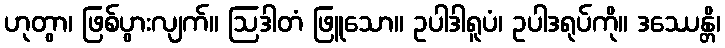
ဟုတွာ၊ ဖြစ်ပွားလျက်။ ဩဒါတံ ဖြူသော။ ဥပါဒါရူပံ၊ ဥပါဒရုပ်ကို။ ဒဿေန္တိ၊